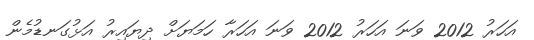
އަހަރު 2012 ވަނަ އަހަރު 2012 ވަނަ އަހަރާ ހަމަޔަށް ދިޔައިރު އަޅުގަނޑުމެން